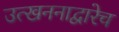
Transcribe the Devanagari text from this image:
उत्खननाद्वारेच